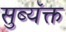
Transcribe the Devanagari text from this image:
सुब्यॅक्त